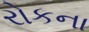
રોકના